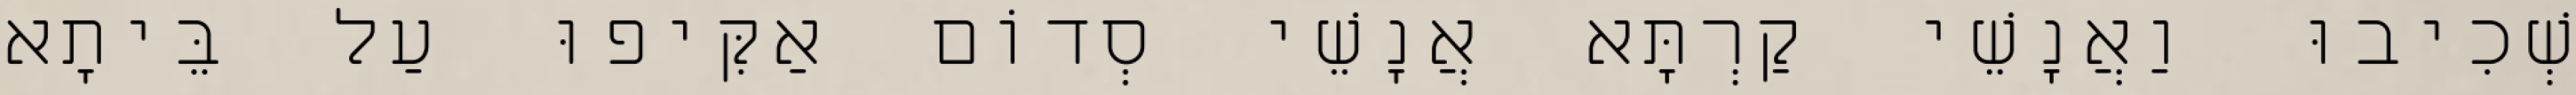
שְׁכִיבוּ וַאֲנָשֵׁי קַרְתָּא אֲנָשֵׁי סְדוֹם אַקִּיפוּ עַל בֵּיתָא